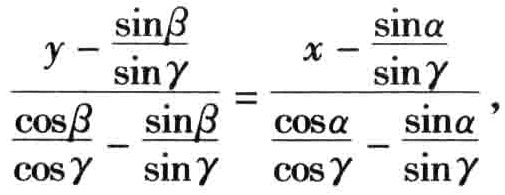
\(\frac{y - \frac{\sin\beta}{\sin\gamma}}{\frac{\cos\beta}{\cos\gamma} - \frac{\sin\beta}{\sin\gamma}} = \frac{x - \frac{\sin\alpha}{\sin\gamma}}{\frac{\cos\alpha}{\cos\gamma} - \frac{\sin\alpha}{\sin\gamma}}\)